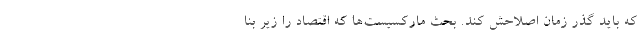
که باید گذر زمان اصلاحش کند. بحث مارکسیست‌ها که اقتصاد را زیر بنا